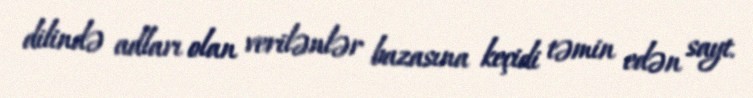
dilində adları olan verilənlər bazasına keçidi təmin edən sayt.